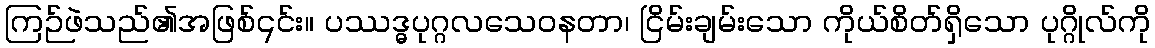
ကြဉ်ဖဲသည်၏အဖြစ်၎င်း။ ပဿဒ္ဓပုဂ္ဂလသေဝနတာ၊ ငြိမ်းချမ်းသော ကိုယ်စိတ်ရှိသော ပုဂ္ဂိုလ်ကို